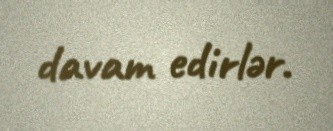
davam edirlər.